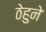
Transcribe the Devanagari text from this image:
ठेहुने